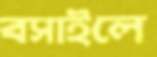
বসাইলে